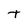
Character: t